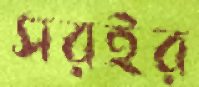
সরইর